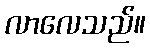
လာလေသည်။